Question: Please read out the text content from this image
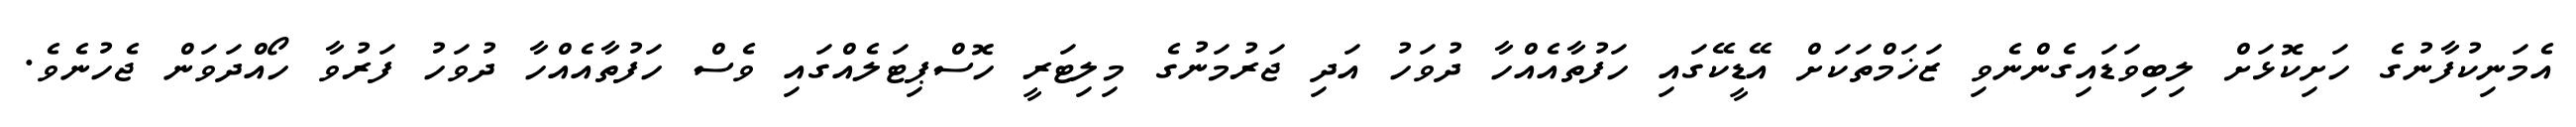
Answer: އެމަނިކުފާނުގެ ހަށިކޮޅަށް ލިބިވަޑައިގެންނެވި ޒަޚަމްތަކަށް އޭޑީކޭގައި ހަފުތާއެއްހާ ދުވަހު އަދި ޖަރުމަނުގެ މިލިޓަރީ ހޮސްޕިޓަލެއްގައި ވެސް ހަފުތާއެއްހާ ދުވަހު ފަރުވާ ހޯއްދަވަން ޖެހުނެވެ.